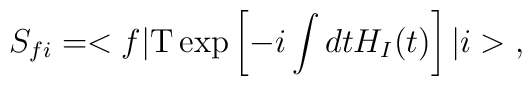
S_{fi}=<f|{\rm T}\exp \left[ -i\int dtH_{I}(t)\right] |i>\;,